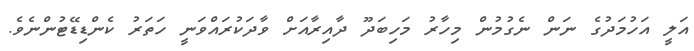
އަލީ އަހުމަދުގެ ނަން ނެގުމުން މިހާރު މަހިބަދޫ ދާއިރާއަށް ވާދަކުރައްވަނީ ހަތަރު ކެންޑިޑޭޓުންނެވެ.